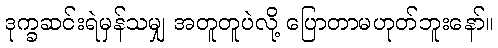
ဒုက္ခဆင်းရဲမှန်သမျှ အတူတူပဲလို့ ပြောတာမဟုတ်ဘူးနော်။